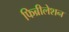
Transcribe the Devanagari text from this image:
फिब्रीलेशन